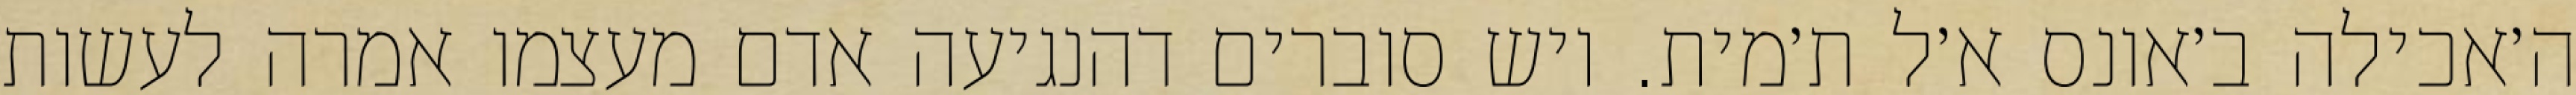
ה׳אכילה ב׳אונס א׳ל ת׳מית. ויש סוברים דהנגיעה אדם מעצמו אמרה לעשות